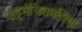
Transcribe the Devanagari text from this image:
कट्टमंचिरामलिंगा